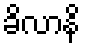
ခိလာနိ